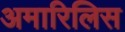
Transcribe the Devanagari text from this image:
अमारिलिस